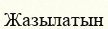
Жазылатын